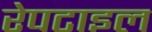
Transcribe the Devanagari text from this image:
रेपटाइल